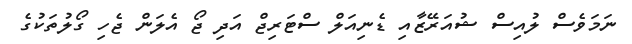
ނަމަވެސް ލުއިސް ޝުއަރޭޒާއި ޑެނިއަލް ސްޓަރިޖް އަދި ޖޯ އެލަން ޖެހި ގޯލުތަކުގެ